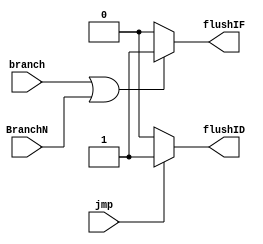
module Discard(jmp, branch,BranchN, flushIF, flushID);
output reg  flushIF, flushID;
input jmp, branch,BranchN;

always@(*)
begin	
 	flushID=1'b0;
	flushIF=1'b0;
	if ( branch||BranchN) begin
		flushIF=1'b1;
	end
	if (jmp) begin
		flushID=1'b1;
	end

end


endmodule